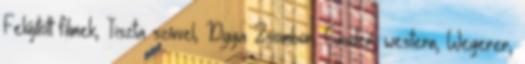
Felújított filmek, Tiszta szívvel, Dyga Zsombor, Gauder, western, Wegerer,